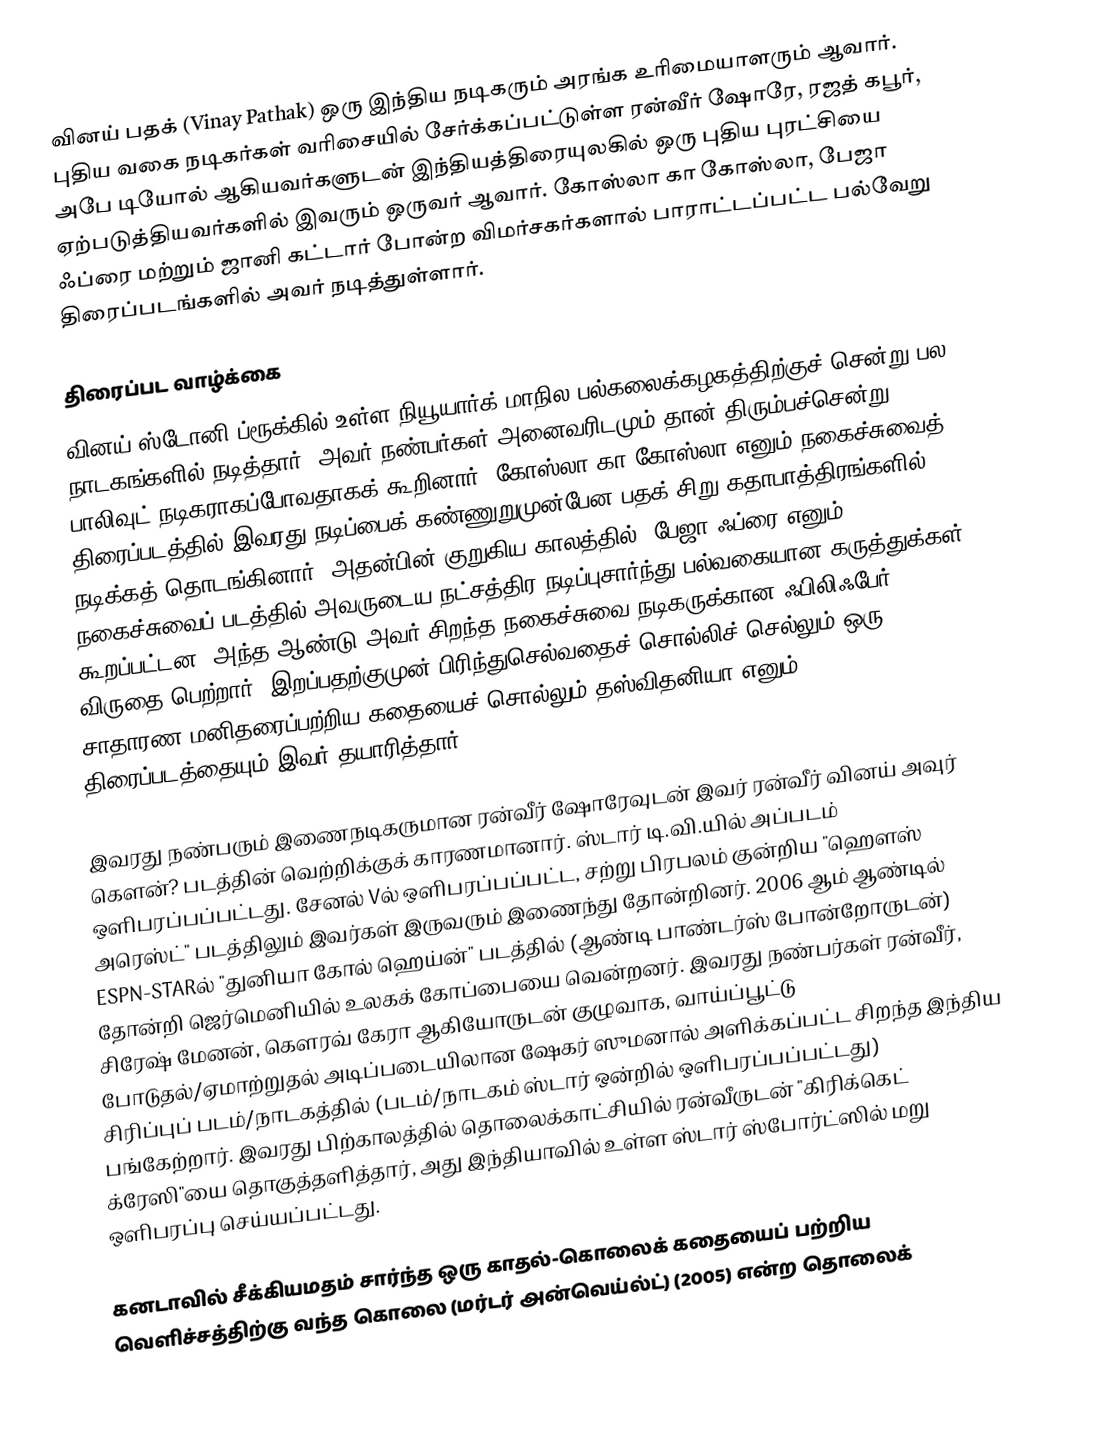
வினய் பதக் (Vinay Pathak) ஒரு இந்திய நடிகரும் அரங்க உரிமையாளரும் ஆவார். புதிய வகை நடிகர்கள் வரிசையில் சேர்க்கப்பட்டுள்ள ரன்வீர் ஷோரே, ரஜத் கபூர், அபே டியோல் ஆகியவர்களுடன் இந்தியத்திரையுலகில் ஒரு புதிய புரட்சியை ஏற்படுத்தியவர்களில் இவரும் ஒருவர் ஆவார். கோஸ்லா கா கோஸ்லா, பேஜா ஃப்ரை மற்றும் ஜானி கட்டார் போன்ற விமர்சகர்களால் பாராட்டப்பட்ட பல்வேறு திரைப்படங்களில் அவர் நடித்துள்ளார்.

திரைப்பட வாழ்க்கை
வினய் ஸ்டோனி ப்ரூக்கில் உள்ள நியூயார்க் மாநில பல்கலைக்கழகத்திற்குச் சென்று பல நாடகங்களில் நடித்தார். அவர் நண்பர்கள் அனைவரிடமும் தான் திரும்பச்சென்று பாலிவுட் நடிகராகப்போவதாகக் கூறினார். கோஸ்லா கா கோஸ்லா எனும் நகைச்சுவைத் திரைப்படத்தில் இவரது நடிப்பைக் கண்ணுறுமுன்பேன பதக் சிறு கதாபாத்திரங்களில் நடிக்கத் தொடங்கினார். அதன்பின் குறுகிய காலத்தில், பேஜா ஃப்ரை எனும் நகைச்சுவைப் படத்தில் அவருடைய நட்சத்திர நடிப்புசார்ந்து பல்வகையான கருத்துக்கள் கூறப்பட்டன. அந்த ஆண்டு அவர் சிறந்த நகைச்சுவை நடிகருக்கான ஃபிலிஃபேர் விருதை  பெற்றார். இறப்பதற்குமுன் பிரிந்துசெல்வதைச் சொல்லிச் செல்லும் ஒரு சாதாரண மனிதரைப்பற்றிய கதையைச் சொல்லும் தஸ்விதனியா எனும் திரைப்படத்தையும் இவர் தயாரித்தார்.

இவரது நண்பரும் இணைநடிகருமான ரன்வீர் ஷோரேவுடன் இவர் ரன்வீர் வினய் அவுர் கௌன்? படத்தின் வெற்றிக்குக் காரணமானார். ஸ்டார் டி.வி.யில் அப்படம் ஒளிபரப்பப்பட்டது. சேனல் Vல் ஒளிபரப்பப்பட்ட, சற்று பிரபலம் குன்றிய "ஹௌஸ் அரெஸ்ட்" படத்திலும் இவர்கள் இருவரும் இணைந்து தோன்றினர். 2006 ஆம் ஆண்டில் ESPN-STARல் "துனியா கோல் ஹெய்ன்" படத்தில் (ஆண்டி பாண்டர்ஸ் போன்றோருடன்) தோன்றி ஜெர்மெனியில் உலகக் கோப்பையை வென்றனர். இவரது நண்பர்கள் ரன்வீர், சிரேஷ் மேனன், கௌரவ் கேரா ஆகியோருடன் குழுவாக, வாய்ப்பூட்டு போடுதல்/ஏமாற்றுதல் அடிப்படையிலான ஷேகர் ஸுமனால் அளிக்கப்பட்ட சிறந்த இந்திய சிரிப்புப் படம்/நாடகத்தில் (படம்/நாடகம் ஸ்டார் ஒன்றில் ஒளிபரப்பப்பட்டது) பங்கேற்றார். இவரது பிற்காலத்தில் தொலைக்காட்சியில் ரன்வீருடன் "கிரிக்கெட் க்ரேஸி"யை தொகுத்தளித்தார், அது இந்தியாவில் உள்ள ஸ்டார் ஸ்போர்ட்ஸில் மறு ஒளிபரப்பு செய்யப்பட்டது.

கனடாவில் சீக்கியமதம் சார்ந்த ஒரு காதல்-கொலைக் கதையைப் பற்றிய வெளிச்சத்திற்கு வந்த கொலை (மர்டர் அன்வெய்ல்ட்) (2005) என்ற தொலைக்